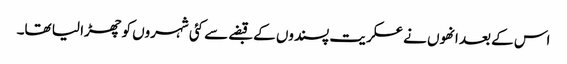
اس کے بعد انھوں نے عسکریت پسندوں کے قبضے سے کئی شہروں کو چھڑا لیا تھا۔